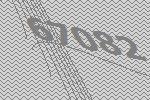
67082